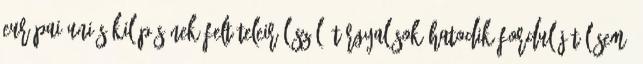
európai uniós kilépésének feltételeiről szóló tárgyalások hatodik fordulójától sem,